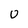
Character: U